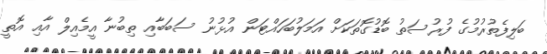
ބަލިފެތުރުމުގެ ފުރުސަތު ބޮޑުގޮތަކަށް އަމަލުބަހައްޓަން އުޅުނު ސަބަބާއި ތިބުނާ އީމެއިލް އާއި އޮތީ